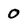
Character: 0